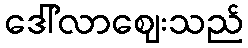
ဒေါ်လာဈေးသည်